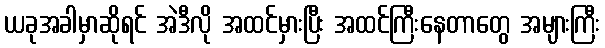
ယခုအခါမှာဆိုရင် အဲဒီလို အထင်မှားပြီး အထင်ကြီးနေတာတွေ အများကြီး